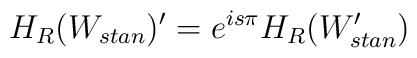
H_{R}(W_{stan})^{\prime }=e^{is\pi }H_{R}(W_{stan}^{\prime })